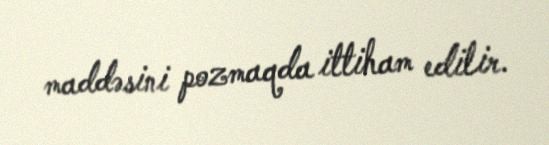
maddəsini pozmaqda ittiham edilir.